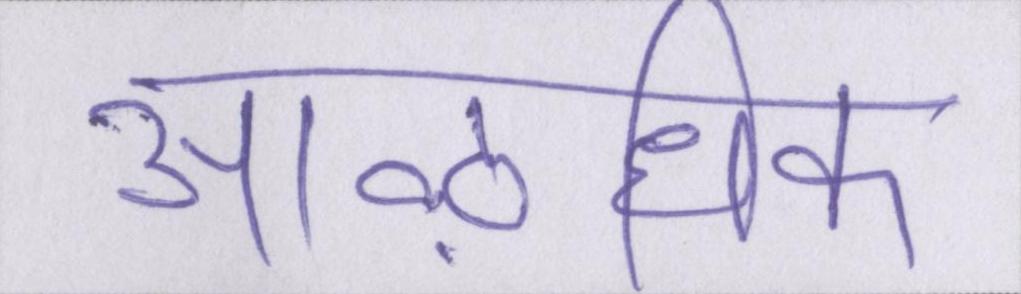
आऴधिक